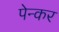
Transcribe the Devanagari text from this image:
पेन्कर